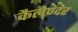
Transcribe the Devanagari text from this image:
कैलेण्दर